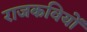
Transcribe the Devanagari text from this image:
राजकवियों